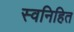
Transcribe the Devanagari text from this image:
स्वनिहित